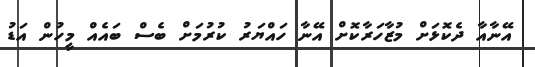
އޭނާއާ ދެކޮޅަށް މުޒާހަރާކޮށް އޭނާ ހައްޔަރު ކުރުމަށް ބެސް ބައެއް މީހުން އަޑު